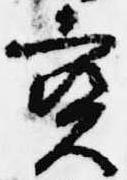
宝